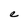
Character: e